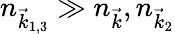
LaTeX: n_{\vec{k}_{1,3}}\gg n_{\vec{k}},n_{\vec{k}_{2}}